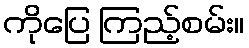
ကိုပြေ ကြည့်စမ်း။